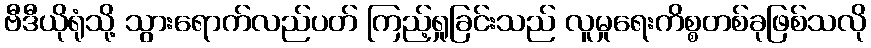
ဗီဒီယိုရုံသို့ သွားရောက်လည်ပတ် ကြည့်ရှုခြင်းသည် လူမှုရေးကိစ္စတစ်ခုဖြစ်သလို